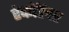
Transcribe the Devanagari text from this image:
रेकॉर्डवर